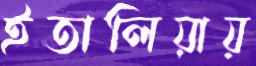
ইতালিয়ায়